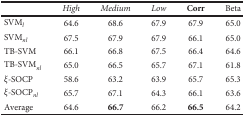
<table><thead><tr><td></td><td><b><i>High</i></b></td><td><b><i>Medium</i></b></td><td><b><i>Low</i></b></td><td><b>Corr</b></td><td><b>Beta</b></td></tr></thead><tbody><tr><td>SVM<sub><i>l</i></sub></td><td>64.6</td><td>68.6</td><td>67.9</td><td>67.9</td><td>65.0</td></tr><tr><td>SVM<sub><i>nl</i></sub></td><td>67.5</td><td>67.9</td><td>67.9</td><td>66.1</td><td>65.0</td></tr><tr><td>TB-SVM</td><td>66.1</td><td>66.8</td><td>67.5</td><td>66.4</td><td>64.6</td></tr><tr><td>TB-SVM<sub><i>nl</i></sub></td><td>65.0</td><td>66.5</td><td>65.7</td><td>67.1</td><td>61.8</td></tr><tr><td><i>ξ</i>-SOCP</td><td>58.6</td><td>63.2</td><td>63.9</td><td>65.7</td><td>65.3</td></tr><tr><td><i>ξ</i>-SOCP<sub><i>nl</i></sub></td><td>65.7</td><td>67.1</td><td>64.3</td><td>66.1</td><td>63.6</td></tr><tr><td>Average</td><td>64.6</td><td><b>66.7</b></td><td>66.2</td><td><b>66.5</b></td><td>64.2</td></tr></tbody></table>